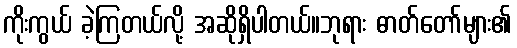
ကိုးကွယ် ခဲ့ကြတယ်လို့ အဆိုရှိပါတယ်။ဘုရား ဓာတ်တော်များ၏